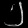
Digit: ၂